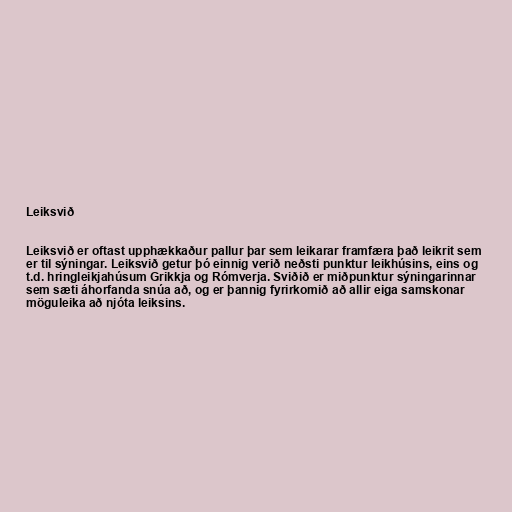
Leiksvið

Leiksvið er oftast upphækkaður pallur þar sem leikarar framfæra það leikrit sem
er til sýningar. Leiksvið getur þó einnig verið neðsti punktur leikhúsins, eins og
t.d. hringleikjahúsum Grikkja og Rómverja. Sviðið er miðpunktur sýningarinnar
sem sæti áhorfanda snúa að, og er þannig fyrirkomið að allir eiga samskonar
möguleika að njóta leiksins.